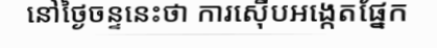
នៅថ្ងៃចន្ទនេះថា ការស៊ើបអង្កេតផ្នែក